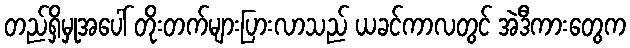
တည်ရှိမှုအပေါ် တိုးတက်များပြားလာသည် ယခင်ကာလတွင် အဲဒီကားတွေက